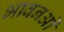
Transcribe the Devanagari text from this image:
भावनओं